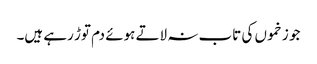
جو زخموں کی تاب نہ لاتے ہوئے دم توڑ رہے ہیں۔